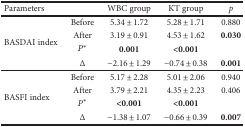
<table><thead><tr><td colspan="2"><b>Parameters</b></td><td><b>WBC group</b></td><td><b>KT group</b></td><td><b><i>p</i></b></td></tr></thead><tbody><tr><td rowspan="4">BASDAI index</td><td>Before</td><td>5.34 ± 1.72</td><td>5.28 ± 1.71</td><td>0.880</td></tr><tr><td>After</td><td>3.19 ± 0.91</td><td>4.53 ± 1.62</td><td><b>0.030</b></td></tr><tr><td><i>P</i><sup>∗</sup></td><td><b>0.001</b></td><td><b>&lt;0.001</b></td><td></td></tr><tr><td>Δ</td><td>−2.16 ± 1.29</td><td>−0.74 ± 0.38</td><td><b>0.001</b></td></tr><tr><td rowspan="4">BASFI index</td><td>Before</td><td>5.17 ± 2.28</td><td>5.01 ± 2.06</td><td>0.940</td></tr><tr><td>After</td><td>3.79 ± 2.21</td><td>4.35 ± 2.23</td><td>0.406</td></tr><tr><td><i>P</i><sup>∗</sup></td><td><b>&lt;0.001</b></td><td><b>&lt;0.001</b></td><td></td></tr><tr><td>Δ</td><td>−1.38 ± 1.07</td><td>−0.66 ± 0.39</td><td><b>0.007</b></td></tr></tbody></table>